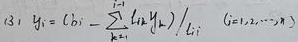
\[
(3) \quad y_{i}=\left(b_{i}-\sum_{k=1}^{i - 1} l_{i k} y_{k}\right) / l_{i i} \quad(i = 1,2, \cdots, n)
\]